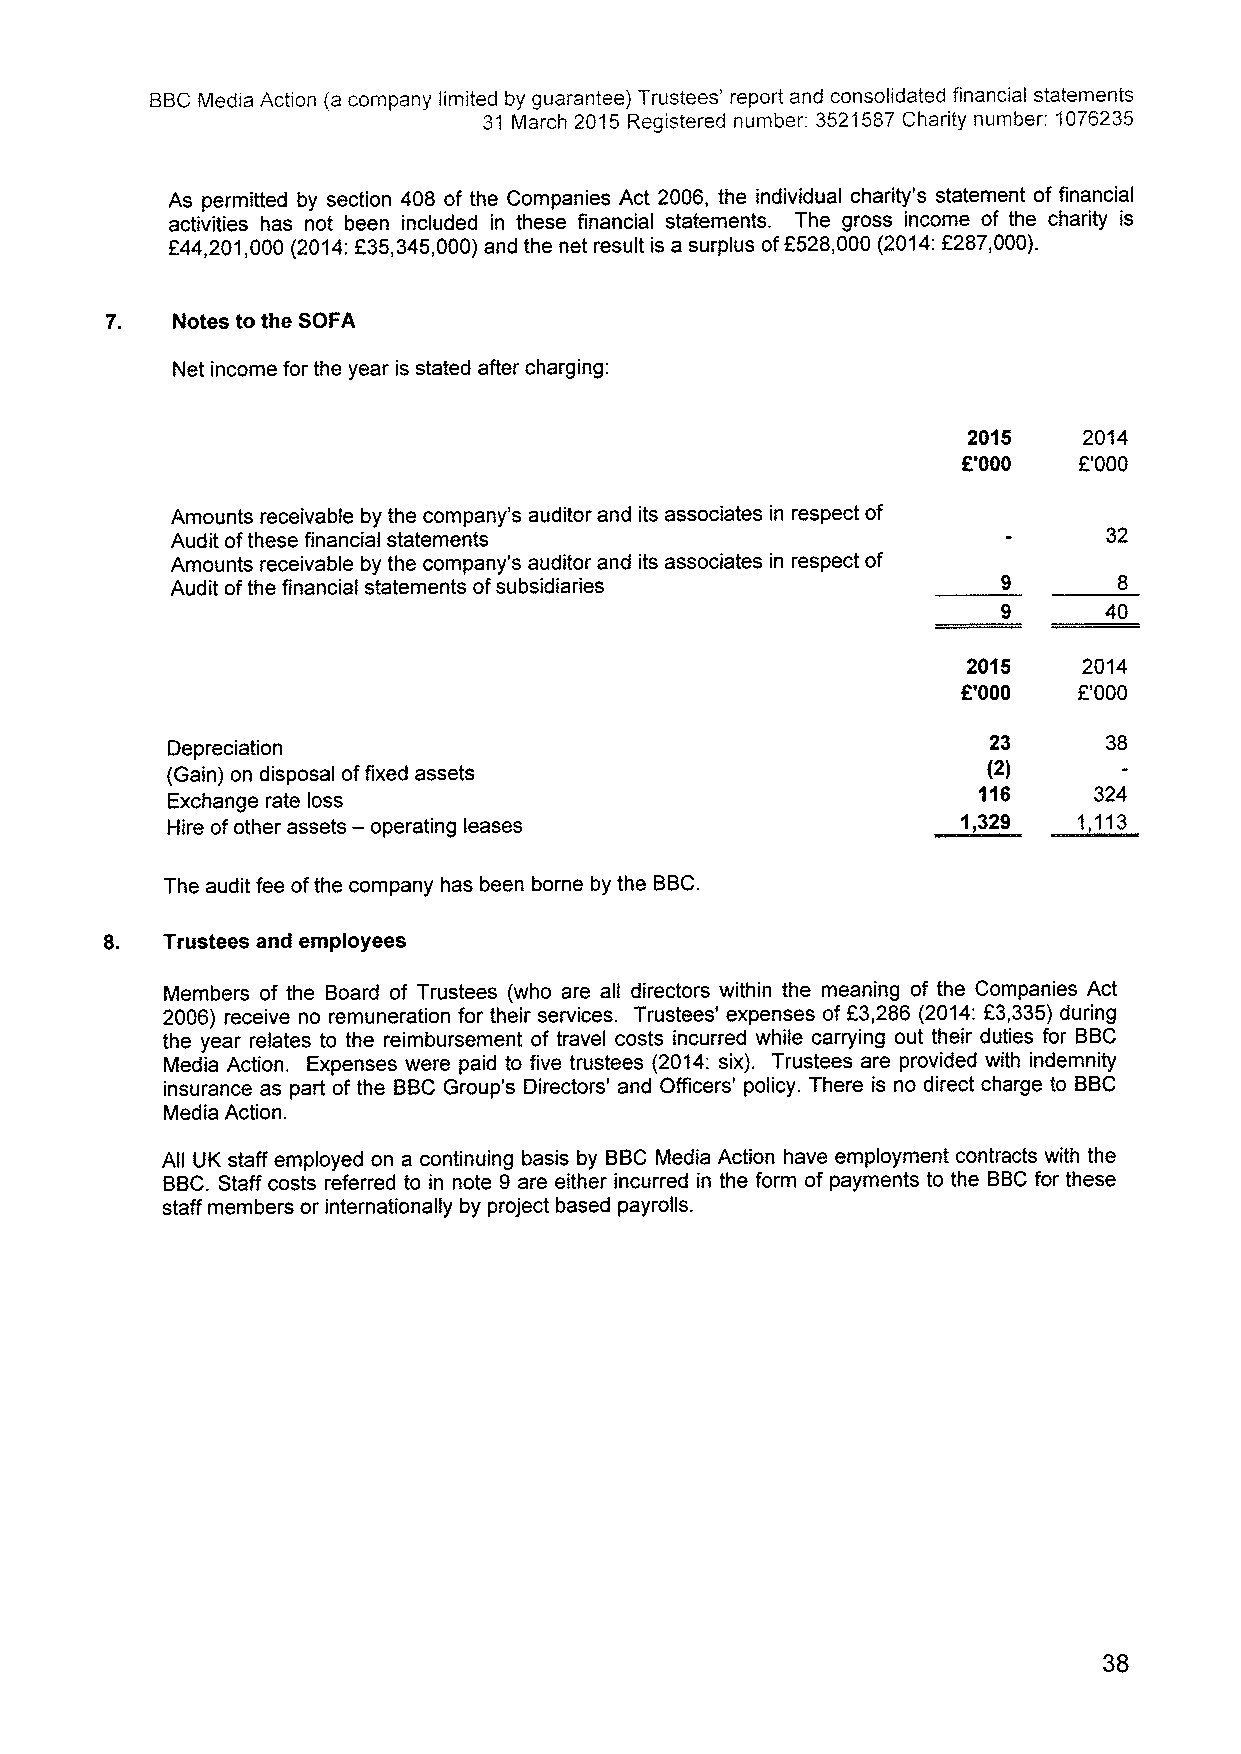
BBCMedia Action (a company limited by guarantee) Trustees' report and consolidated financial statements
 31 March 2015 Registered number: 3521587 Charity number: 1076235
 As permitted by section 408 of the Companies Act 2006, the individual charity's statement of financial
 activities has not been included in these financial statements. The gross income of the charity is
 f44,201,000 (2014:f 35,345,000)and the net result is a surplus off 528,000 (2014:f287,000).
 7.  Notes to the SOFA
 Net income for the year is stated after charging:
 2015    2014
 f'000  f'000
 Amounts receivable by the company's auditor and its associates in respect of
 Audit ofthese financial statements                            32
 Amounts receivable by the company's auditor and its associates in respect of
 Audit ofthe financial statements ofsubsidiaries
 40
 2015    2014
 f'000  f'000
 23      38
 Depreciation
 (Gain) on disposal offixed assets                     (2)
 115    324
 Exchange rate loss
 Hire ofother assets — operating leases               1,329  1,113
 The audit fee ofthe company has been borne by the BBC.
 Trustees and employees
 Members of the Board of Trustees (who are all directors within the meaning of the Companies Act
 2006) receive no remuneration for their services. Trustees' expenses of f3,286 (2014:f3,335)during
 the year relates to the reimbursement of travel costs incurred while carrying out their duties for BBC
 Media Action. Expenses were paid to five trustees (2014:six). Trustees are provided with indemnity
 insurance as part of the BBCGroup's Directors' and Officers' policy. There is no direct charge to BBC
 Media Action.
 All UK staff employed on a continuing basis by BBCMedia Action have employment contracts with the
 BBC.Staff costs referred to in note 9 are either incurred in the form of payments to the BBCfor these
 staff members or internationally by project based payrolls.